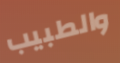
والطبيب